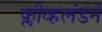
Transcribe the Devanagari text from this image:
क्लीव्हलंडने